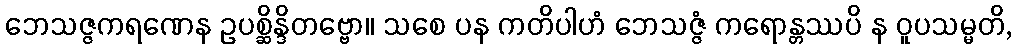
ဘေသဇ္ဇကရဏေန ဥပစ္ဆိန္ဒိတဗ္ဗော။ သစေ ပန ကတိပါဟံ ဘေသဇ္ဇံ ကရောန္တဿပိ န ဝူပသမ္မတိ,